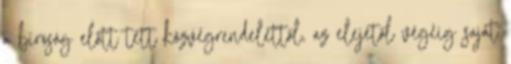
a bíróság előtt tett közvégrendelettől, az elejétől végéig saját